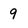
Character: 9